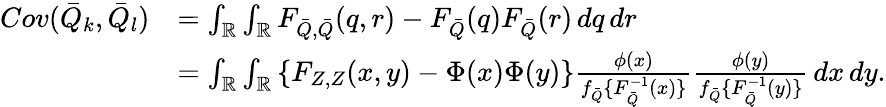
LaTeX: \begin{array}{rl}{Cov(\bar{Q}_{k},\bar{Q}_{l})}&{=\int_{\mathbb{R}}\int_{\mathbb{R}}F_{\bar{Q},\bar{Q}}(q,r)-F_{\bar{Q}}(q)F_{\bar{Q}}(r)\, dq\, dr}\\ &{=\int_{\mathbb{R}}\int_{\mathbb{R}}\left\{ F_{Z,Z}(x,y)-\Phi(x)\Phi(y)\right\} \frac{\phi(x)}{f_{\bar{Q}}\{ F_{\bar{Q}}^{-1}(x)\} }\frac{\phi(y)}{f_{\bar{Q}}\{ F_{\bar{Q}}^{-1}(y)\} }\, dx\, dy.}\end{array}